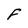
Character: F